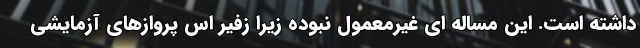
داشته است. این مساله ای غیرمعمول نبوده زیرا زفیر اس پروازهای آزمایشی